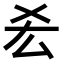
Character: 𠫤